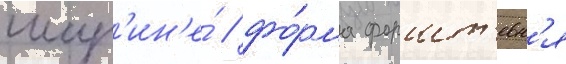
шир'ин'е́ / фо́рма форшт'евн'я